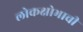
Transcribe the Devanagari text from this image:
लोकक्षोभाची